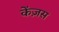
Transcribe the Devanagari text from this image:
केंज़स